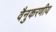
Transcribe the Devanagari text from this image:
वैनुकरणीय